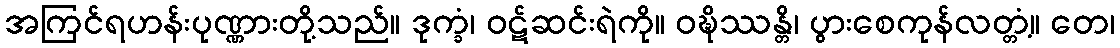
အကြင်ရဟန်းပုဏ္ဏားတို့သည်။ ဒုက္ခံ၊ ဝဋ်ဆင်းရဲကို။ ဝဍ္ဎိဿန္တိ၊ ပွားစေကုန်လတ္တံ့။ တေ၊